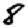
Digit: 8